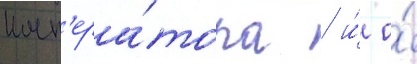
имп'ера́тора / и́ о́